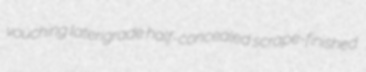
vouching laterigrade half-concealed scrape-finished